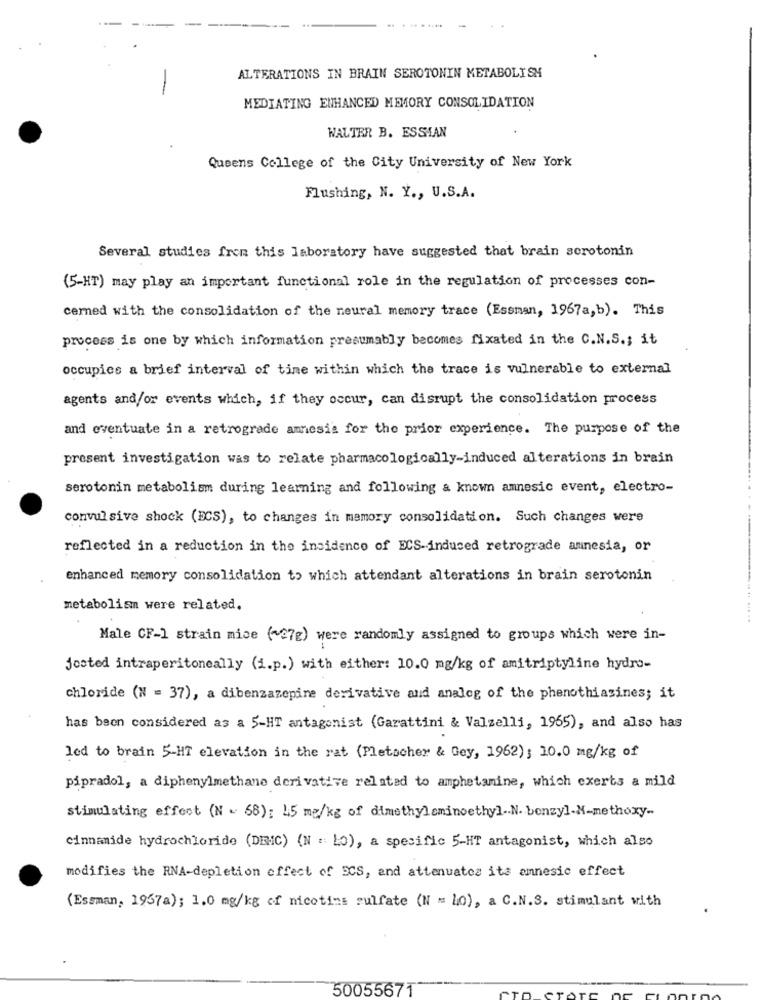
. ........
ALTERATIONS IN BRAIN SEROTONIN METABOLISM
MEDIATING ENHANCED MEMORY CONSOLIDATION
WALTER B. ESSTAN
Queens College of the City University of New York
Flushing, N. Y ., U.S.A.
Several studies fron this laboratory have suggested that brain serotonin
(5-HT) may play an important functional role in the regulation of processes con-
cerned with the consolidation of the neural memory trace (Essman, 1967a, b). This
process is one by which information presumably becomes fixated in the C.N.S .; it
occupies a brief interval of time within which the trace is vulnerable to external
agents and/or events which, if they occur, can disrupt the consolidation process
and eventuate in a retrograde amesis for the prior experience. The purpose of the
present investigation was to relate pharmacologically-induced alterations in brain
serotonin metabolism during learning and following a known amnesic event, electro-
convul sive shock (DCS), to changes in memory consolidation. Such changes were
reflected in a reduction in the incidence of ECS-induced retrograde amnesia, or
enhanced memory consolidation to which attendant alterations in brain serotonin
metabolism were related.
Male CF-1 strain mise (~27g) were randomly assigned to groups which were in-
jested intraperitoneally (i.p.) with either: 10.0 mg/kg of amitriptyline hydro-
chloride (N = 37), a dibenzazepine derivative and analog of the phenothiasines; it
has been considered as a 5-HT antagonist (Garattini & Valzelli, 1965), and also has
led to brain 5-HT elevation in the rat (Pletscher & Gey, 1962); 10.0 mg/kg of
pipradol, a diphenylmethane derivative related to amphetamine, which exerts a mild
stimulating effect (N = 58): 45 mg/kg of dimethylominoethyl .. N. benzyl-N-methoxy-
cinnamide hydrochloride (DEC) (N = LO), a specific 5-HT antagonist, which also
modifies the RNA-depletion effect of ECS, and attenuates its annesic effect
(Essman, 1957a); 1.0 mg/kg of nicotins sulfate (N = Lo), a C.N.S. stimulant with
50055671